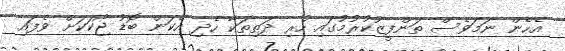
އެހެން ނަމަވެސް ތަންފީޒުކުރުމުގައި ހުރި ދަތިތަކާ ހެދި އެކަން ބޮޑު ޖޯކަކަށް ވެފައި